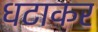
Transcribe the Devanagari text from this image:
धटाकर